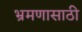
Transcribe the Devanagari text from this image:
भ्रमणासाठी